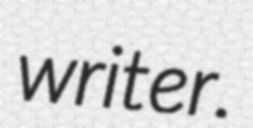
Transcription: writer.